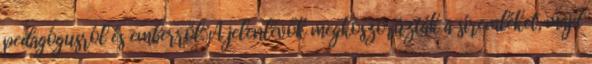
pedagógusról és emberről. A jelenlévők megkoszorúzták a síremléket, majd